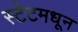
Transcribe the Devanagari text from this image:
स्टेटमधून